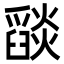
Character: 𦦨